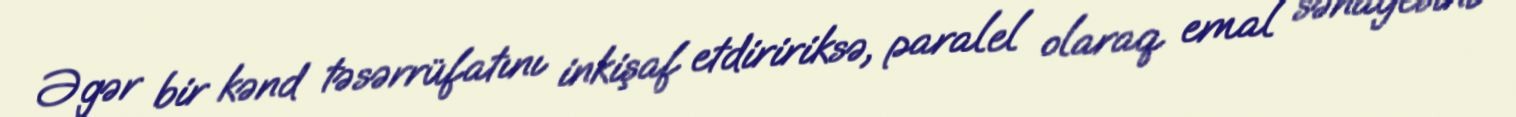
Əgər bir kənd təsərrüfatını inkişaf etdiririksə, paralel olaraq emal sənayesini